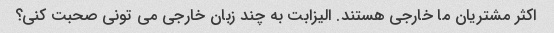
اکثر مشتریان ما خارجی هستند. الیزابت به چند زبان خارجی می تونی صحبت کنی؟